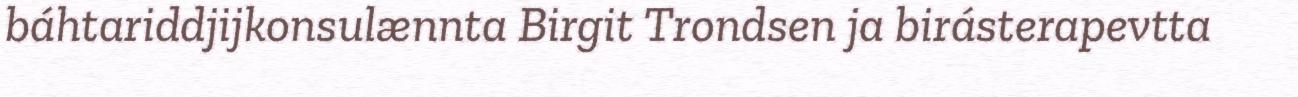
báhtariddjijkonsulænnta Birgit Trondsen ja birásterapevtta